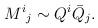
LaTeX: \begin{align*}M^i{}_j \sim Q^i {\bar Q}_j.\end{align*}